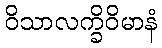
ဝိသာလက္ခိဝိမာနံ